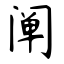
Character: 阐